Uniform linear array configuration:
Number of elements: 4
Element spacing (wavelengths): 0.25
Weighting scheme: uniform
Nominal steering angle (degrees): -45
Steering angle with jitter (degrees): -43.078
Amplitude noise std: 0.05
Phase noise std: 0.05

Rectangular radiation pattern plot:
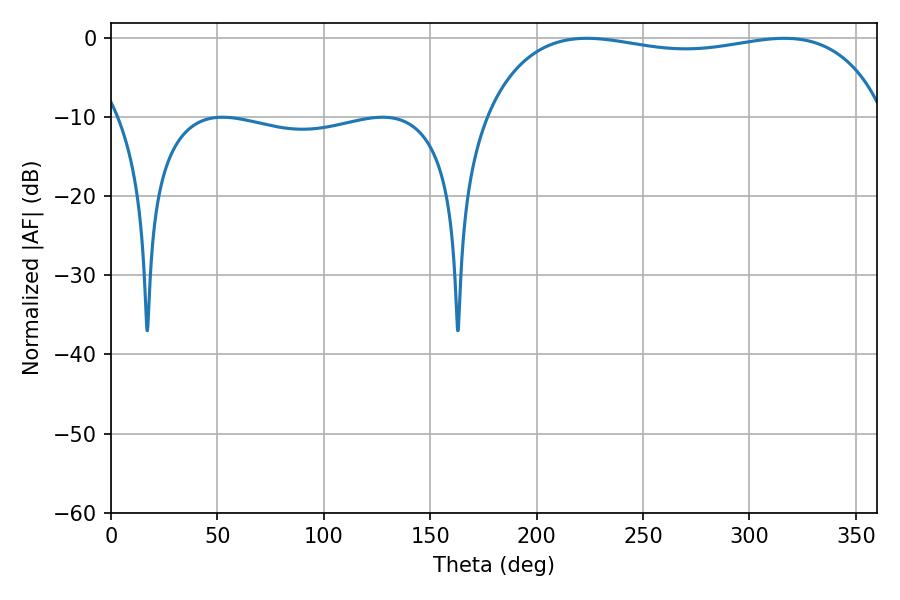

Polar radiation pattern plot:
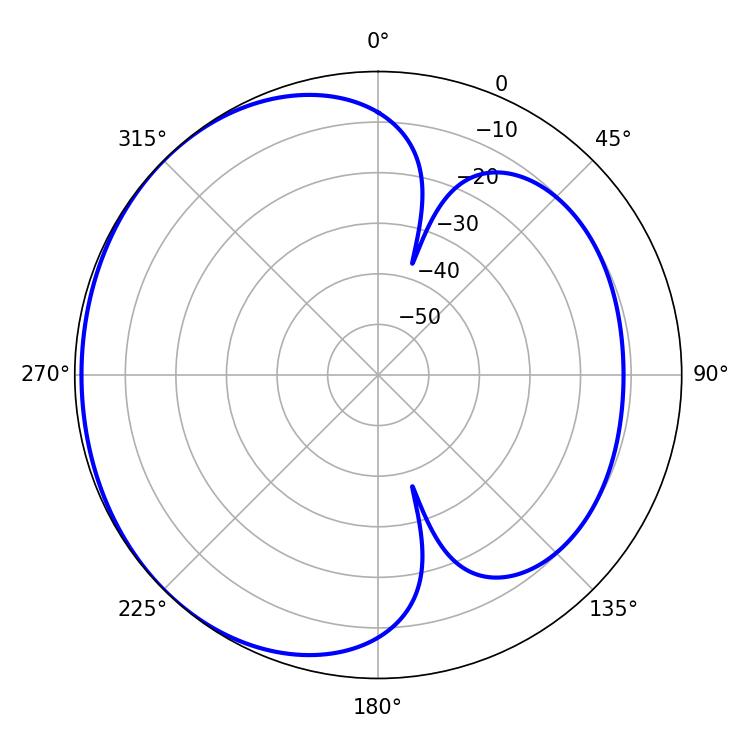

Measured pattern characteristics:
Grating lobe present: FALSE
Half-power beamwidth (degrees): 152.64
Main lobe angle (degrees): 223.56